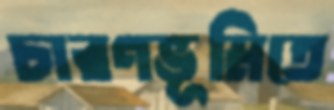
চারণভূমিতে